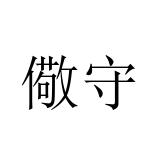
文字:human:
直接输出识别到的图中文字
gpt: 儆守